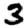
Digit: 3